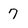
Character: 7